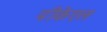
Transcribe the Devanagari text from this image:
पीकेएल